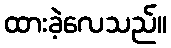
ထားခဲ့လေသည်။